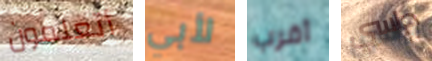
أتعلمون لأبي أقرب دراسي